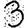
Digit: 3